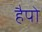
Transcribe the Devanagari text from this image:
हैपो